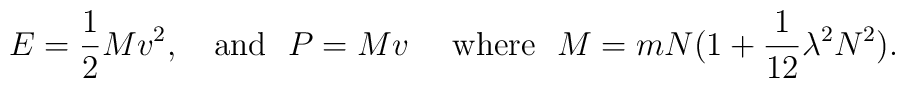
E={1\over 2}Mv^2,\ \ \ {\rm and} \ \ P=M v \ \ \ \ {\rm where} \ \  M=m N(1+{1\over 12}\lambda^2 N^2).